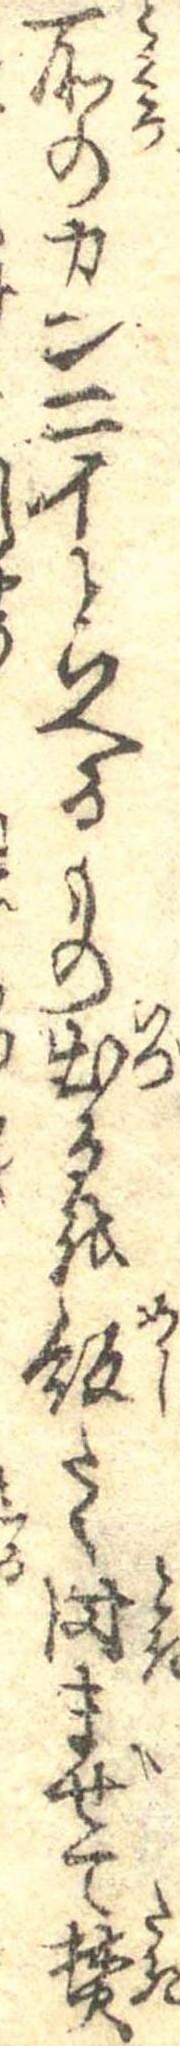
所のカンニイといへるもの出るを飯たく時まぜて焚